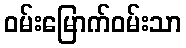
ဝမ်းမြောက်ဝမ်းသာ